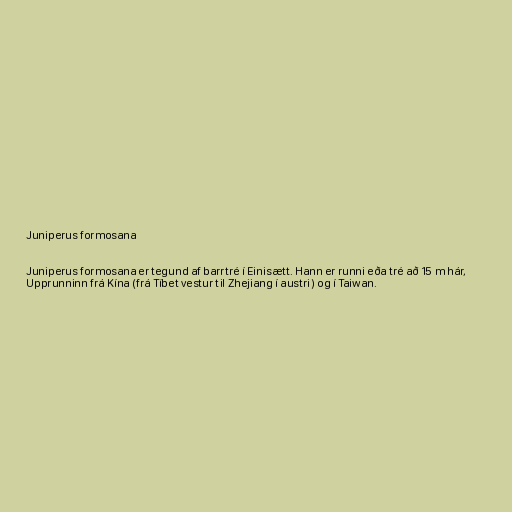
Juniperus formosana

Juniperus formosana er tegund af barrtré í Einisætt. Hann er runni eða tré að 15 m hár,
Upprunninn frá Kína (frá Tíbet vestur til Zhejiang í austri) og í Taiwan.